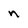
Character: n